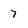
Character: 7